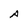
Character: A